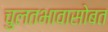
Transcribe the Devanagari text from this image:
चुलतभावासोबत